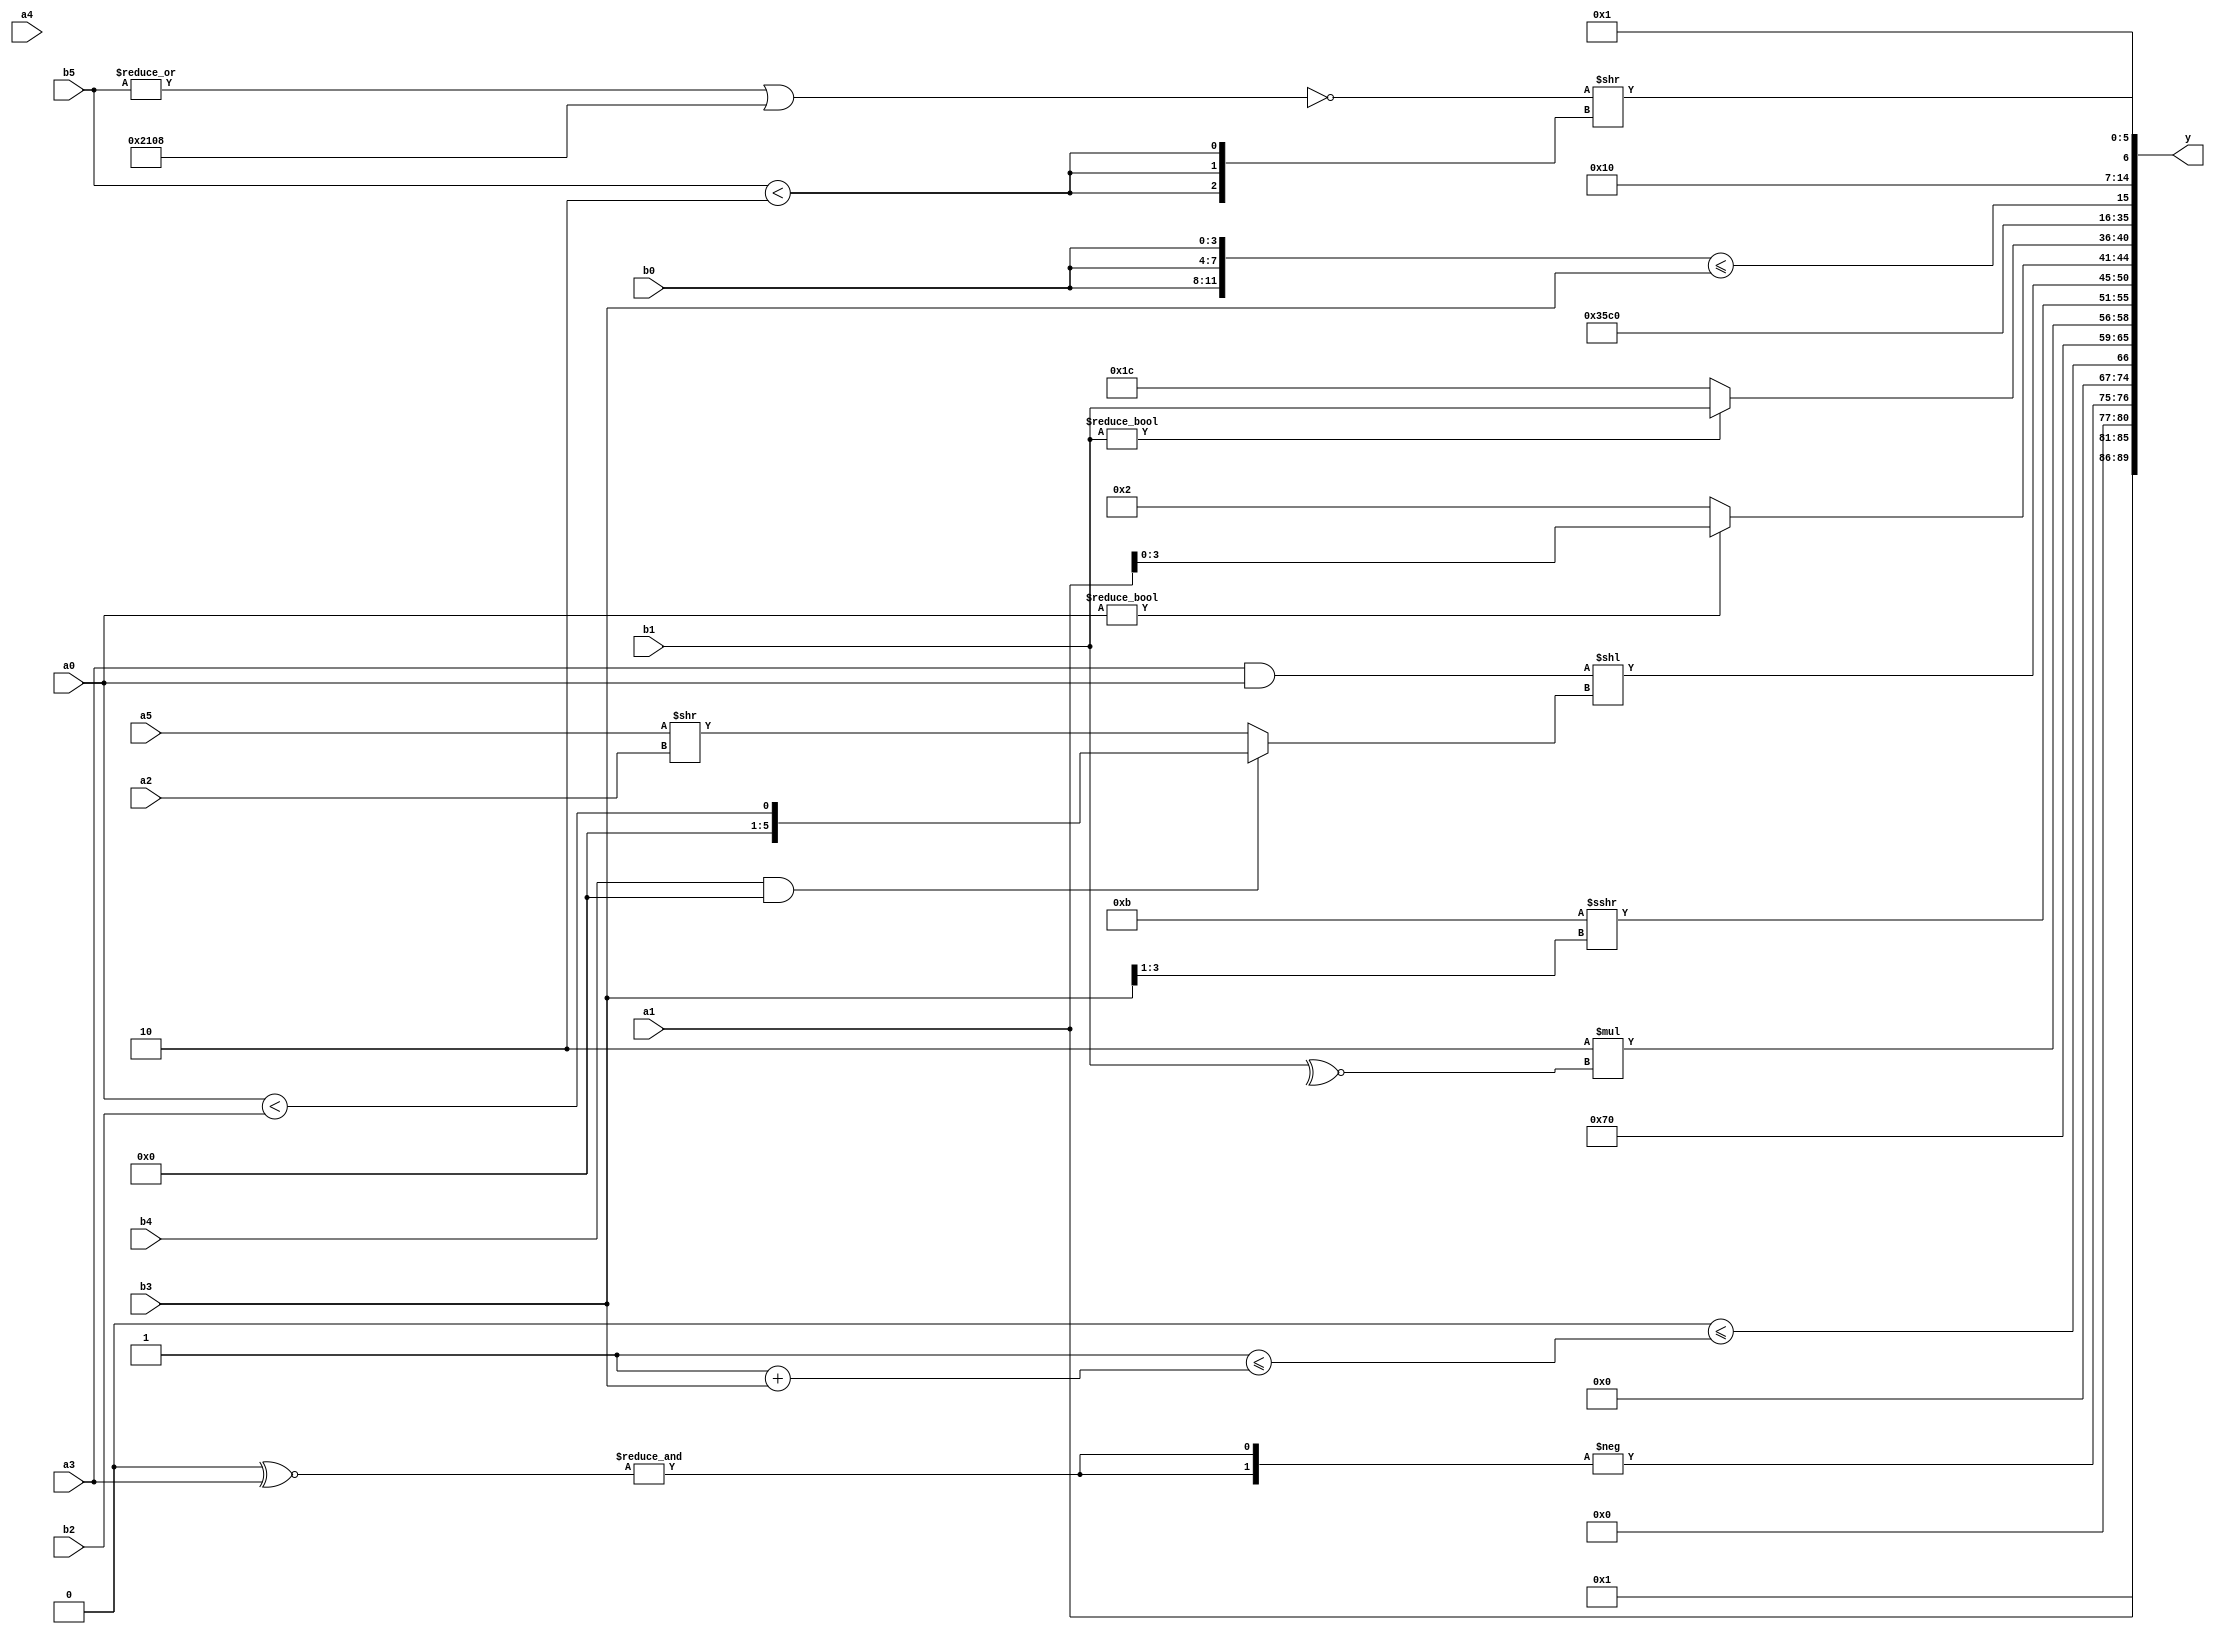
module expression_00475(a0, a1, a2, a3, a4, a5, b0, b1, b2, b3, b4, b5, y);
  input [3:0] a0;
  input [4:0] a1;
  input [5:0] a2;
  input signed [3:0] a3;
  input signed [4:0] a4;
  input signed [5:0] a5;

  input [3:0] b0;
  input [4:0] b1;
  input [5:0] b2;
  input signed [3:0] b3;
  input signed [4:0] b4;
  input signed [5:0] b5;

  wire [3:0] y0;
  wire [4:0] y1;
  wire [5:0] y2;
  wire signed [3:0] y3;
  wire signed [4:0] y4;
  wire signed [5:0] y5;
  wire [3:0] y6;
  wire [4:0] y7;
  wire [5:0] y8;
  wire signed [3:0] y9;
  wire signed [4:0] y10;
  wire signed [5:0] y11;
  wire [3:0] y12;
  wire [4:0] y13;
  wire [5:0] y14;
  wire signed [3:0] y15;
  wire signed [4:0] y16;
  wire signed [5:0] y17;

  output [89:0] y;
  assign y = {y0,y1,y2,y3,y4,y5,y6,y7,y8,y9,y10,y11,y12,y13,y14,y15,y16,y17};

  localparam [3:0] p0 = {(2'd1),(-5'sd4)};
  localparam [4:0] p1 = (4'd8);
  localparam [5:0] p2 = ({{(4'd4),(4'd4),(4'sd4)},(2'd3)}>>>(4'd5));
  localparam signed [3:0] p3 = ((~|(((4'd7)||(4'd3))|{1{(4'd13)}}))?({4{(-5'sd1)}}?((5'd17)?(3'd6):(3'sd2)):{(-2'sd0),(3'd6),(5'd14)}):{3{((-5'sd4)>(3'sd3))}});
  localparam signed [4:0] p4 = ((-5'sd2)?(-4'sd4):(3'd5));
  localparam signed [5:0] p5 = (~&({1{{((4'd11)?(3'sd2):(-4'sd5)),{(5'd20)}}}}^{(+((4'd14)||(2'sd1)))}));
  localparam [3:0] p6 = (5'd2 * ((5'd14)^~(2'd0)));
  localparam [4:0] p7 = (&(2'd3));
  localparam [5:0] p8 = (((2'd0)?(2'd2):(5'd16))<<({4{(3'sd3)}}<<((2'sd0)>>(-4'sd4))));
  localparam signed [3:0] p9 = {1{(((3'sd3)>=(4'd2 * (5'd15)))<(4'sd5))}};
  localparam signed [4:0] p10 = (((5'sd11)>(4'd13))^(3'd0));
  localparam signed [5:0] p11 = (~|(4'd2));
  localparam [3:0] p12 = ({(~|(3'sd1))}>>>((2'd2)<=(-3'sd2)));
  localparam [4:0] p13 = {(6'd2 * (3'd7)),{(2'd0),(3'd2)},((-3'sd0)!==(-2'sd1))};
  localparam [5:0] p14 = {3{{4{(-3'sd0)}}}};
  localparam signed [3:0] p15 = ((((3'd1)<<<(2'd2))!=((4'd8)?(2'sd1):(4'sd0)))!=(((4'd10)<=(-4'sd6))>>>((-3'sd1)?(-5'sd6):(3'd2))));
  localparam signed [4:0] p16 = ((~|(|(|(|(2'd3)))))?(^((2'd3)||((4'd12)/(3'd7)))):(!((2'd3)?(-4'sd2):(4'd7))));
  localparam signed [5:0] p17 = (|(-3'sd2));

  assign y0 = ((~^(&((b1||p5)&{4{p6}})))||(~|({4{p15}}^~(p0|p14))));
  assign y1 = {$signed((~(p12?p17:p1))),{3{p16}},((p8?p0:a1))};
  assign y2 = {1{(-{2{(~(~&((^(~p12))^~{1{$unsigned(a3)}})))}})}};
  assign y3 = $signed({{(~|((a4)>>(|p7))),((^b2)>>(~a0)),{{1{a4}},(p6&p4)}}});
  assign y4 = (|(((p14!=p9)-(p15|p17))<=((p15&&p4)<=(p7+b3))));
  assign y5 = (p6^~p13);
  assign y6 = (5'd2 * (~^{1{b1}}));
  assign y7 = ($signed(($unsigned(p0)-(p15!=p0)))>>>($unsigned((b3))>>>((p1||p6))));
  assign y8 = (((!p14)?(a3&&a0):{a1})<<((b4&&p10)?(a0<b2):(a5>>a2)));
  assign y9 = {({p7,p11}|(b2>>>p3)),((p8+p14)<<<{p15}),(a0?a1:p6)};
  assign y10 = ((2'd0)?{{3{b1}}}:(b1?b1:p4));
  assign y11 = (((b5-a2)>>>(b2?b0:a1))>>(-4'sd6));
  assign y12 = (5'd13);
  assign y13 = (4'd14);
  assign y14 = ({3{b0}}<=(a1?b3:b3));
  assign y15 = (~^(2'd0));
  assign y16 = (&((~&((|b5)||{3{p1}}))>>{3{(b5<p6)}}));
  assign y17 = (!(2'd0));
endmodule